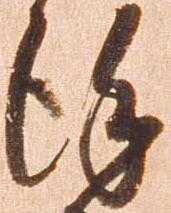
謹